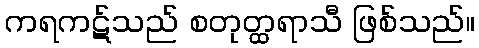
ကရကဋ်သည် စတုတ္ထရာသီ ဖြစ်သည်။